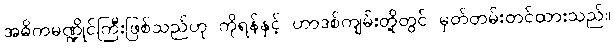
အဓိကမဏ္ဍိုင်ကြီးဖြစ်သည်ဟု ကိုရန်နှင့် ဟာဒစ်ကျမ်းတို့တွင် မှတ်တမ်းတင်ထားသည်။